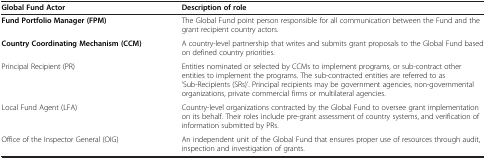
| Global Fund Actor | Description of role |
 | --- | --- |
 | Fund Portfolio Manager (FPM) | The Global Fund point person responsible for all communication between the Fund and the grant recipient country actors. |
 | Country Coordinating Mechanism (CCM) | A country-level partnership that writes and submits grant proposals to the Global Fund based on defined country priorities. |
 | Principal Recipient (PR) | Entities nominated or selected by CCMs to implement programs, or sub-contract other entities to implement the programs. The sub-contracted entities are referred to as ‘Sub-Recipients (SRs)’. Principal recipients may be government agencies, non-governmental organizations, private commercial firms or multilateral agencies. |
 | Local Fund Agent (LFA) | Country-level organizations contracted by the Global Fund to oversee grant implementation on its behalf. Their roles include pre-grant assessment of country systems, and verification of information submitted by PRs. |
 | Office of the Inspector General (OIG) | An independent unit of the Global Fund that ensures proper use of resources through audit, inspection and investigation of grants. |